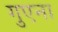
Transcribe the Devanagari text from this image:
गुएना